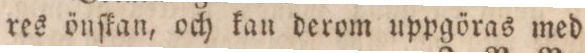
res önſkan, och kan derom uppgöras med